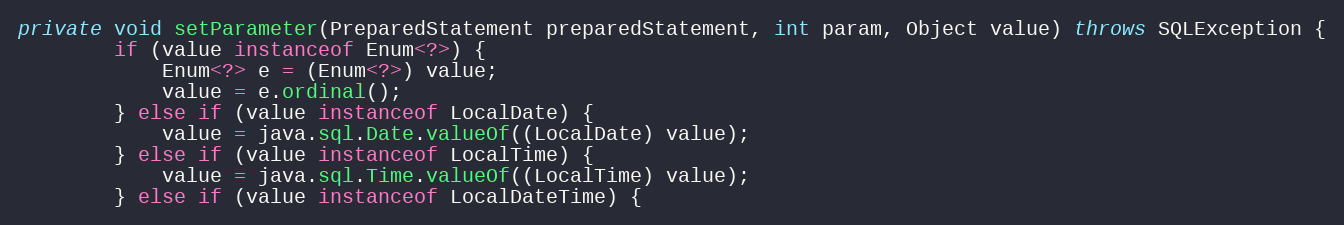
Language: Java
private void setParameter(PreparedStatement preparedStatement, int param, Object value) throws SQLException {
		if (value instanceof Enum<?>) {
			Enum<?> e = (Enum<?>) value;
			value = e.ordinal();
		} else if (value instanceof LocalDate) {
			value = java.sql.Date.valueOf((LocalDate) value);
		} else if (value instanceof LocalTime) {
			value = java.sql.Time.valueOf((LocalTime) value);
		} else if (value instanceof LocalDateTime) {